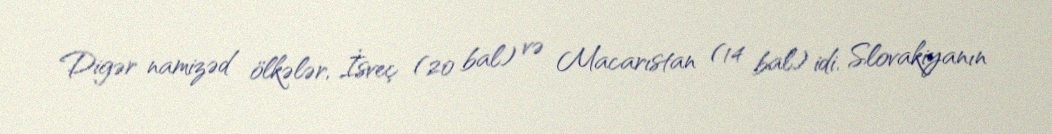
Digər namizəd ölkələr, İsveç (20 bal) və Macarıstan (14 bal) idi. Slovakiyanın